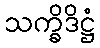
သက္ခိဒိဋ္ဌံ